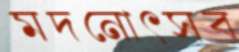
মদনোৎসব